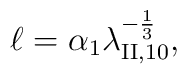
\ell = \alpha_1\lambda_{\mathrm{II},10}^{-\frac13},